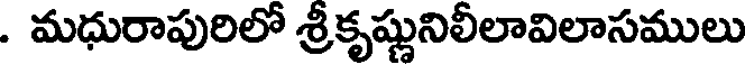
. మధురాపురిలో శ్రీకృష్ణునిలీలావిలాసములు